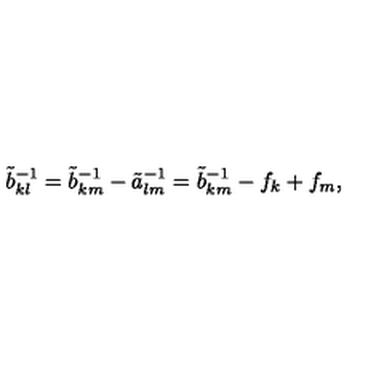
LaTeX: \tilde { b } _ { k l } ^ { - 1 } = \tilde { b } _ { k m } ^ { - 1 } - \tilde { a } _ { l m } ^ { - 1 } = \tilde { b } _ { k m } ^ { - 1 } - f _ { k } + f _ { m } ,